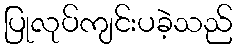
ပြုလုပ်ကျင်းပခဲ့သည်